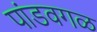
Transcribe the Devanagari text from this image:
पांडवगळ